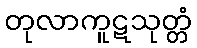
တုလာကူဋသုတ္တံ